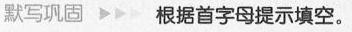
默写巩固 ▶▶▷ 根据首字母提示填空.